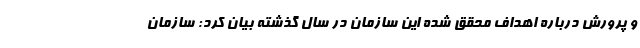
و پرورش درباره اهداف محقق شده این سازمان در سال گذشته بیان کرد: سازمان